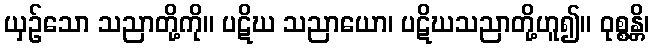
ယှဉ်သော သညာတို့ကို။ ပဋိဃ သညာယော၊ ပဋိဃသညာတို့ဟူ၍။ ဝုစ္စန္တိ၊